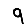
Digit: 9